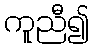
ကူညီ၍